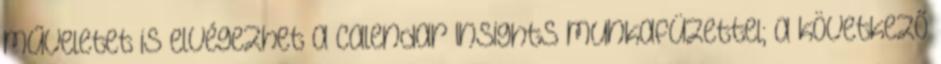
műveletet is elvégezhet a Calendar Insights munkafüzettel; a következő